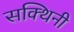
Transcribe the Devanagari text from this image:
सक्थिनी